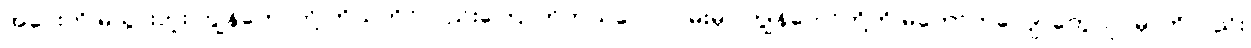
အဝေးကို မသွားဘူး ကျွန်တော်တို့ ကိုယ်တိုင်လည်းကြောက်တယ်လေ လမ်းမှာ ကျွန်တော်တို့ကို မတော်တလျောတွေလုပ်မှာကိုလည်း